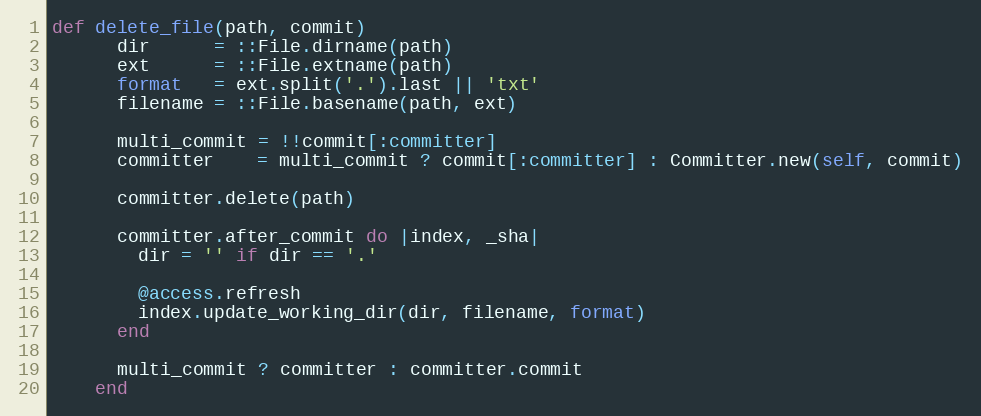
Language: Ruby
def delete_file(path, commit)
      dir      = ::File.dirname(path)
      ext      = ::File.extname(path)
      format   = ext.split('.').last || 'txt'
      filename = ::File.basename(path, ext)

      multi_commit = !!commit[:committer]
      committer    = multi_commit ? commit[:committer] : Committer.new(self, commit)

      committer.delete(path)

      committer.after_commit do |index, _sha|
        dir = '' if dir == '.'

        @access.refresh
        index.update_working_dir(dir, filename, format)
      end

      multi_commit ? committer : committer.commit
    end